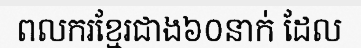
ពលករខ្មែរជាង៦០នាក់ ដែល